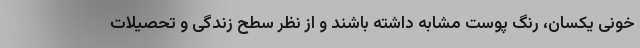
خونی یکسان، رنگ پوست مشابه داشته باشند و از نظر سطح زندگی و تحصیلات